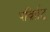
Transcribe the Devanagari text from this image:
पर्व्राािट्